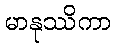
မာနုဿိကာ